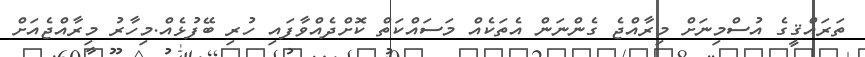
ތަރައްޤީގެ އުސްމިނަށް މިރާއްޖެ ގެންނަން އެތަކެއް މަސައްކަތް ކޮށްދެއްވާފައި ހުރި ބޭފުޅެއް.މިހާރު މިރާއްޖެއަށް